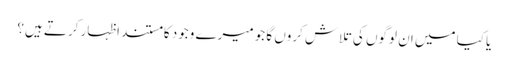
یا کیا میں ان لوگوں کی تلاش کروں گا جو میرے وجود کا مستند اظہار کرتے ہیں؟